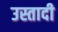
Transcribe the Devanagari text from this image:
उस्तादी